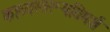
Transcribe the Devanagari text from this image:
काव्यस्वरूपविमर्श